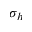
\sigma _ { h }